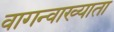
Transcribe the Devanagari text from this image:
वागन्वाख्याता